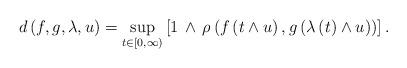
LaTeX: \begin{align*}d \left( f , g , \lambda , u \right) = \sup_{t \in \left[ 0,\infty \right)} \left[ 1 \, \wedge \, \rho \left( f \left( t \wedge u \right) , g \left( \lambda \left( t \right) \wedge u \right) \right) \right].\end{align*}